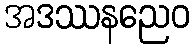
အဒဿနညေဝ